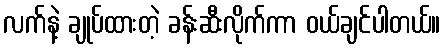
လက်နဲ့ ချုပ်ထားတဲ့ ခန်းဆီးလိုက်ကာ ဝယ်ချင်ပါတယ်။